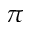
\pi